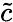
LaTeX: \tilde{c}